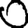
Digit: 0